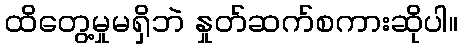
ထိတွေ့မှုမရှိဘဲ နှုတ်ဆက်စကားဆိုပါ။